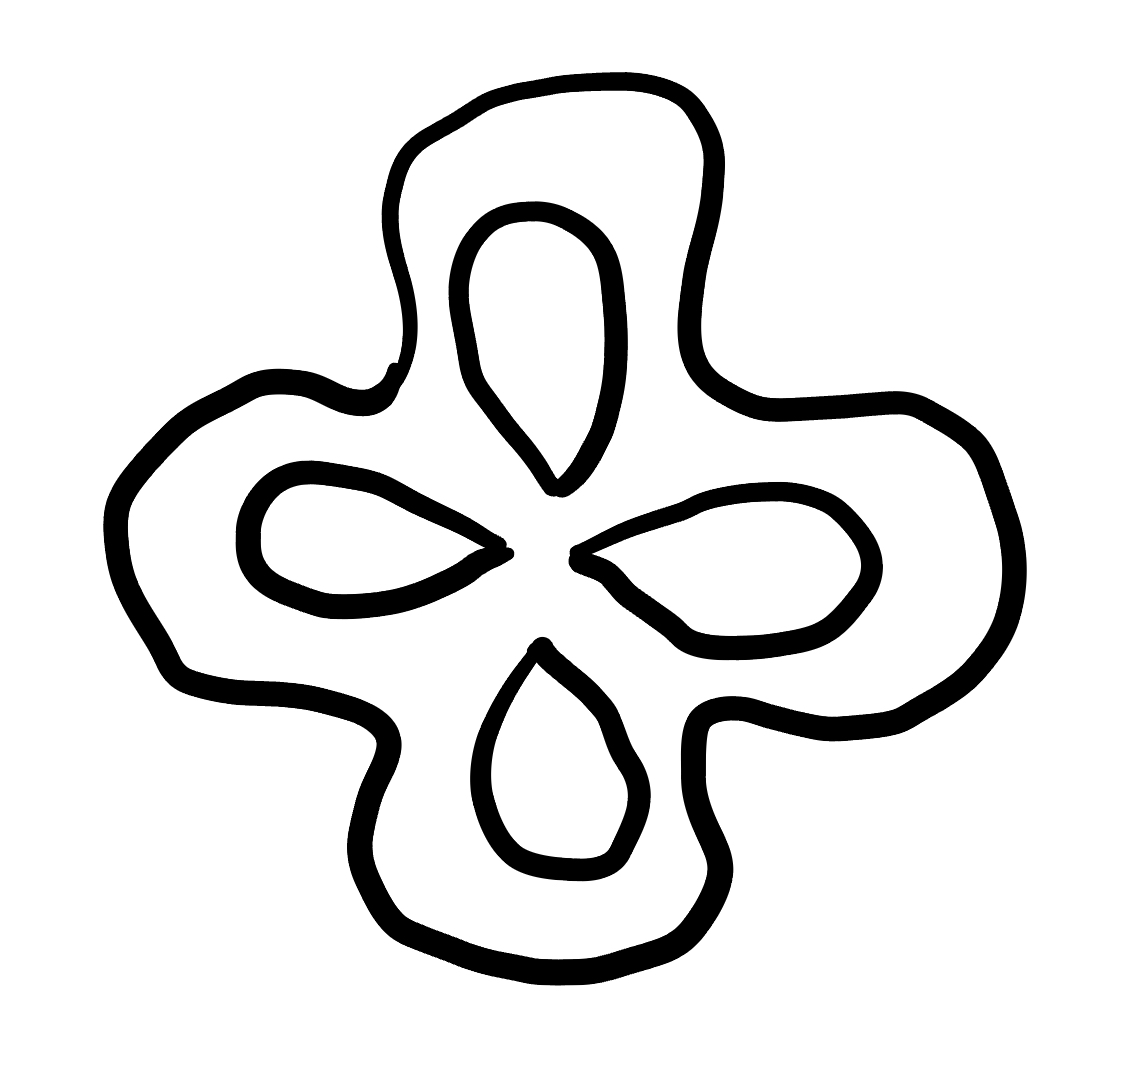
Number of regions (including the outer root region): 6
Containment tree edges (parent, child): 0, 1, 1, 2, 1, 3, 1, 4, 1, 5